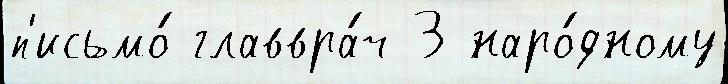
п'исьмо́ главвра́ч 3 наро́дному